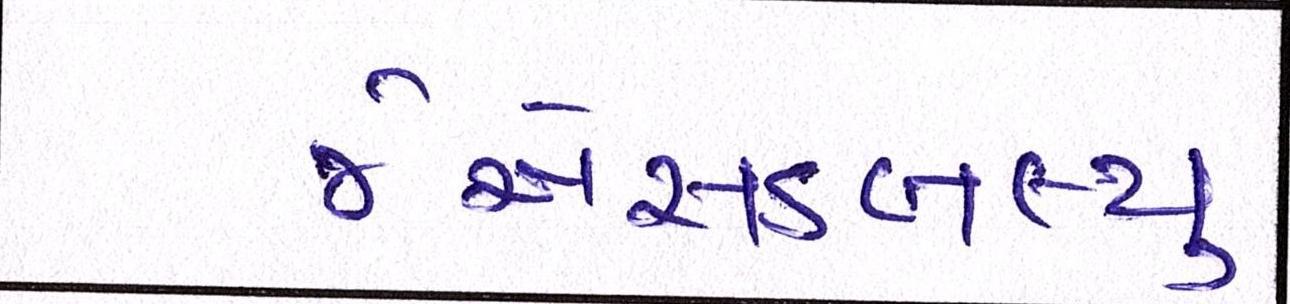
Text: જેએસડબલ્યુ